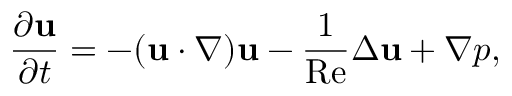
\frac { \partial { \mathbf { u } } } { \partial t } = - ( { \mathbf { u } } \cdot \nabla ) { \mathbf { u } } - \frac { 1 } { \mathrm { R e } } \Delta { \mathbf { u } } + \nabla p ,